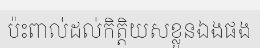
ប៉ះពាល់ដល់កិត្តិយសខ្លួនឯងផង